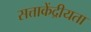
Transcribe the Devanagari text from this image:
सत्ताकेंद्रीयता